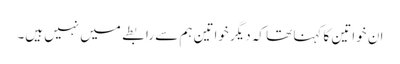
ان خواتین کا کہنا تھا کہ دیگر خواتین ہم سے رابطے میں نہیں ہیں۔